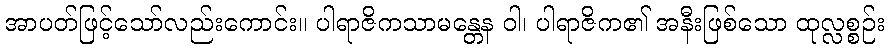
အာပတ်ဖြင့်သော်လည်းကောင်း။ ပါရာဇိကသာမန္တေန ဝါ၊ ပါရာဇိက၏ အနီးဖြစ်သော ထုလ္လစ္စဉ်း